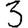
Digit: 3